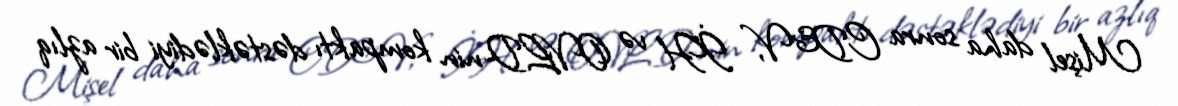
Mişel daha sonra CD&V, İH və OVLD-nin kompaktı dəstəklədiyi bir azlıq